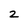
Character: 2